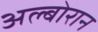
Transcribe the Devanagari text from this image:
अल्बोरान